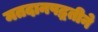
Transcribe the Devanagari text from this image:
मतदानपद्धतीने